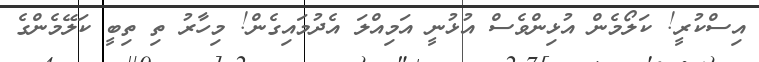
އިސްކުރީ! ކަލޯމެން އުޅިންވެސް އުޅުނީ އަމިއްލަ އެދުމައިގެން! މިހާރު ތި ތިބީ ކަލޭމެންގެ